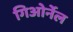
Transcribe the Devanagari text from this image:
गिओर्नेल